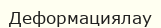
Деформациялау